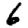
Digit: 6